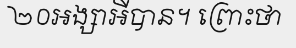
២០អង្សាអីបាន។ ព្រោះថា